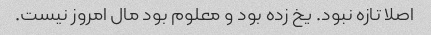
اصلا تازه نبود. یخ زده بود و معلوم بود مال امروز نیست.